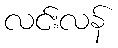
လင်းလန်